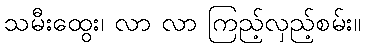
သမီးထွေး၊ လာ လာ ကြည့်လှည့်စမ်း။